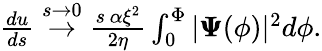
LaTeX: \begin{array}{r}{\frac{du}{ds}\stackrel{s\to 0}{\rightarrow}\frac{s\, \alpha\xi^{2}}{2\eta}\int_{0}^{\Phi}|\pmb{\Psi}(\phi)|^{2}d\phi.}\end{array}